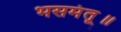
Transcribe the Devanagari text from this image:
भसमंतू॥